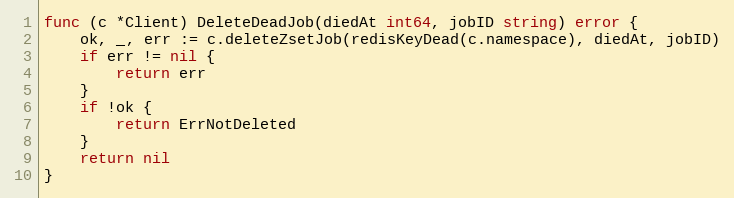
Language: Go
func (c *Client) DeleteDeadJob(diedAt int64, jobID string) error {
	ok, _, err := c.deleteZsetJob(redisKeyDead(c.namespace), diedAt, jobID)
	if err != nil {
		return err
	}
	if !ok {
		return ErrNotDeleted
	}
	return nil
}